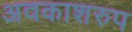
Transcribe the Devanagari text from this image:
अवकाशरुप